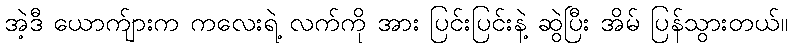
အဲ့ဒီ ယောက်ျားက ကလေးရဲ့ လက်ကို အား ပြင်းပြင်းနဲ့ ဆွဲပြီး အိမ် ပြန်သွားတယ်။